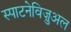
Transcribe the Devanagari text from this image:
स्पाटनेविज़ुअल